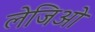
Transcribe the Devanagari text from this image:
लेजिओ